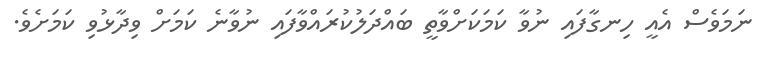
ނަމަވެސް އެއީ ހިނގާފައި ނުވާ ކަމަކަށްވާތީ ބައްދަލުކުރައްވާފައި ނުވާނެ ކަމަށް ވިދާޅުވި ކަމަށެވެ.